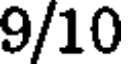
9/10